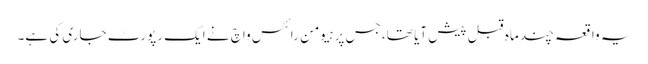
یہ واقعہ چند ماہ قبل پیش آیا تھا، جس پر ہیومن رائٹس واچ نے ایک رپورٹ جاری کی ہے۔